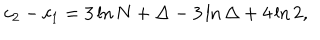
c _ { 2 } - c _ { 1 } = 3 \ln N + \Delta - 3 \ln \Delta + 4 \ln 2 ,